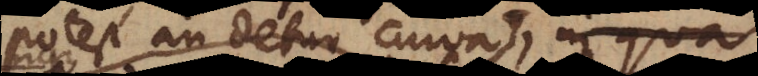
potest an detur curva, cujus